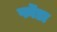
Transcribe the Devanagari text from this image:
फॊडा